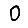
Digit: 0